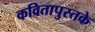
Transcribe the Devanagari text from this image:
कवितापुस्तके